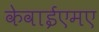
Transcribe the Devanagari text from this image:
केवाईएमए